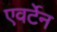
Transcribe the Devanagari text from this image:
एवर्टेन